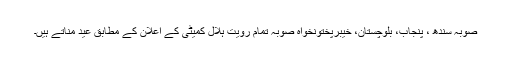
صوبہ سندھ ، پنجاب، بلوچستان، خیبرپختونخواہ صوبہ تمام رویت ہلال کمیٹی کے اعلان کے مطابق عید مناتے ہیں۔